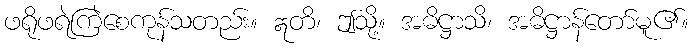
ဖရိုဖရဲကြဲစေကုန်သတည်း။ ဣတိ၊ ဤသို့။ အဓိဋ္ဌာသိ၊ အဓိဋ္ဌာန်တော်မူ၏။